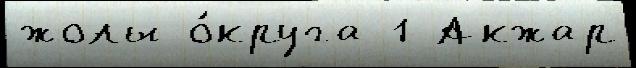
жолы о́круга 1 Акжар